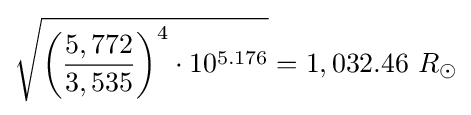
{\sqrt {{\biggl (}{\frac {5,772}{3,535}}{\biggr )}^{4}\cdot 10^{5.176}}}=1,032.46\ R_{\odot }